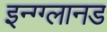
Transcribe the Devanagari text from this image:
इन्ग्ग्लानड